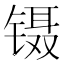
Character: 镊